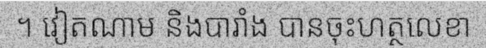
។ វៀតណាម និងបារាំង បានចុះហត្ថលេខា